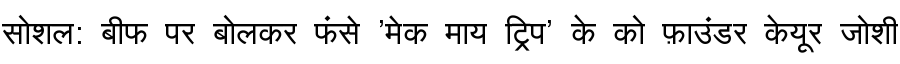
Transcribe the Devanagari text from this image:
सोशल: बीफ पर बोलकर फंसे 'मेक माय ट्रिप' के को फ़ाउंडर केयूर जोशी